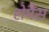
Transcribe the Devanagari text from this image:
रोमैंस